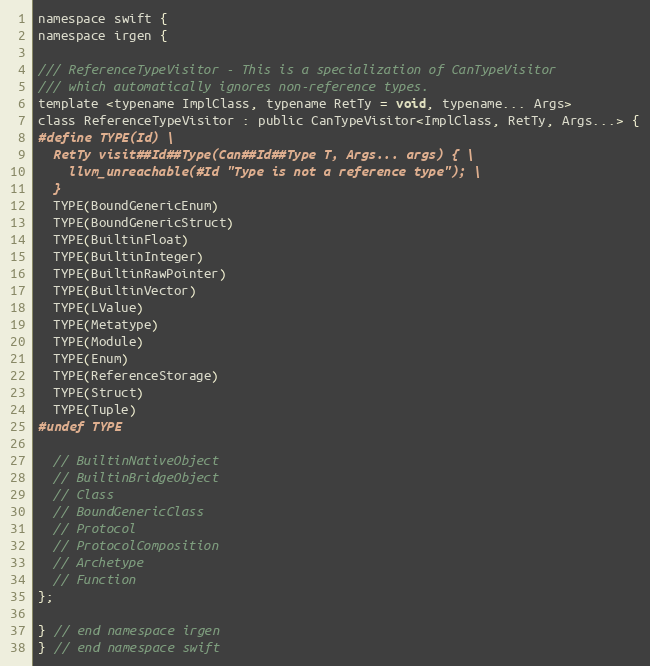
Language: C
namespace swift {
namespace irgen {

/// ReferenceTypeVisitor - This is a specialization of CanTypeVisitor
/// which automatically ignores non-reference types.
template <typename ImplClass, typename RetTy = void, typename... Args>
class ReferenceTypeVisitor : public CanTypeVisitor<ImplClass, RetTy, Args...> {
#define TYPE(Id) \
  RetTy visit##Id##Type(Can##Id##Type T, Args... args) { \
    llvm_unreachable(#Id "Type is not a reference type"); \
  }
  TYPE(BoundGenericEnum)
  TYPE(BoundGenericStruct)
  TYPE(BuiltinFloat)
  TYPE(BuiltinInteger)
  TYPE(BuiltinRawPointer)
  TYPE(BuiltinVector)
  TYPE(LValue)
  TYPE(Metatype)
  TYPE(Module)
  TYPE(Enum)
  TYPE(ReferenceStorage)
  TYPE(Struct)
  TYPE(Tuple)
#undef TYPE

  // BuiltinNativeObject
  // BuiltinBridgeObject
  // Class
  // BoundGenericClass
  // Protocol
  // ProtocolComposition
  // Archetype
  // Function
};

} // end namespace irgen
} // end namespace swift